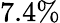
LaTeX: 7.4\%